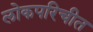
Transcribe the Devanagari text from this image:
लोकपरिचीत